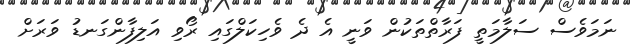
ނަމަވެސް ސަލާމަތީ ފަރާތްތަކުން ވަނީ އެ ދެ ވެހިކަލްގައި ރޯވި އަލިފާންގަނޑު ވަރަށް